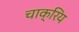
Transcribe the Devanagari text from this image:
चाक्रिय